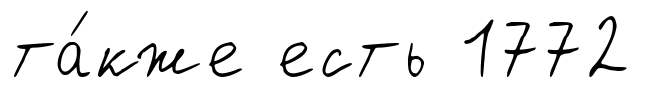
та́кже есть 1772